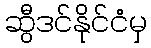
ဆွီဒင်နိုင်ငံမှ